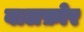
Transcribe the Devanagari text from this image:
बालफ़ोर